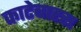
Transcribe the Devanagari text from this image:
काटेबारस